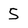
Character: 5